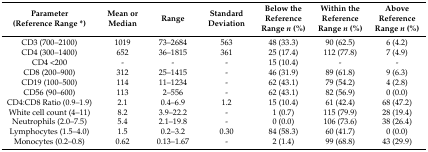
<table><thead><tr><td><b>Parameter (Reference Range *)</b></td><td><b>Mean or Median</b></td><td><b>Range</b></td><td><b>Standard Deviation</b></td><td><b>Below the Reference Range <i>n</i> (%)</b></td><td><b>Within the Reference Range <i>n</i> (%) </b></td><td><b>Above Reference Range <i>n</i> (%)</b></td></tr></thead><tbody><tr><td>CD3 (700–2100)</td><td>1019</td><td>73–2684</td><td>563</td><td>48 (33.3)</td><td>90 (62.5)</td><td>6 (4.2)</td></tr><tr><td>CD4 (300–1400)</td><td>652</td><td>36–1815</td><td>361</td><td>25 (17.4)</td><td>112 (77.8)</td><td>7 (4.9)</td></tr><tr><td>CD4 &lt;200</td><td>-</td><td>-</td><td>-</td><td>15 (10.4)</td><td>-</td><td>-</td></tr><tr><td>CD8 (200–900)</td><td>312</td><td>25–1415</td><td>-</td><td>46 (31.9)</td><td>89 (61.8)</td><td>9 (6.3)</td></tr><tr><td>CD19 (100–500)</td><td>114</td><td>11–1234</td><td>-</td><td>62 (43.1)</td><td>79 (54.2)</td><td>4 (2.8)</td></tr><tr><td>CD56 (90–600)</td><td>113</td><td>2–556</td><td>-</td><td>62 (43.1)</td><td>82 (56.9)</td><td>0 (0.0)</td></tr><tr><td>CD4:CD8 Ratio (0.9–1.9)</td><td>2.1</td><td>0.4–6.9</td><td>1.2</td><td>15 (10.4)</td><td>61 (42.4)</td><td>68 (47.2)</td></tr><tr><td>White cell count (4–11)</td><td>8.2</td><td>3.9–22.2</td><td>-</td><td>1 (0.7)</td><td>115 (79.9)</td><td>28 (19.4)</td></tr><tr><td>Neutrophils (2.0–7.5)</td><td>5.4</td><td>2.1–19.8</td><td>-</td><td>0 (0.0)</td><td>106 (73.6)</td><td>38 (26.4)</td></tr><tr><td>Lymphocytes (1.5–4.0)</td><td>1.5</td><td>0.2–3.2</td><td>0.30</td><td>84 (58.3)</td><td>60 (41.7)</td><td>0 (0.0)</td></tr><tr><td>Monocytes (0.2–0.8)</td><td>0.62</td><td>0.13–1.67</td><td>-</td><td>2 (1.4)</td><td>99 (68.8)</td><td>43 (29.9)</td></tr></tbody></table>